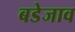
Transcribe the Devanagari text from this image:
बडेजाव